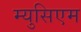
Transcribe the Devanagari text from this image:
म्युसिएम